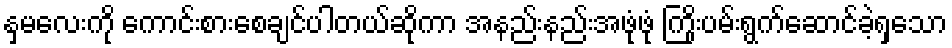
နှမလေးကို ကောင်းစားစေချင်ပါတယ်ဆိုကာ အနည်းနည်းအဖုံဖုံ ကြိုးပမ်းရွက်ဆောင်ခဲ့ရှသော